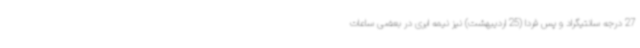
27 درجه سانتیگراد و پس فردا (25 اردیبهشت) نیز نیمه ابری در بعضی ساعات